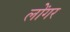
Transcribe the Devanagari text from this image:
लोंगर